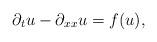
LaTeX: \begin{align*} \partial_{t}u-\partial_{xx} u = f(u),\end{align*}